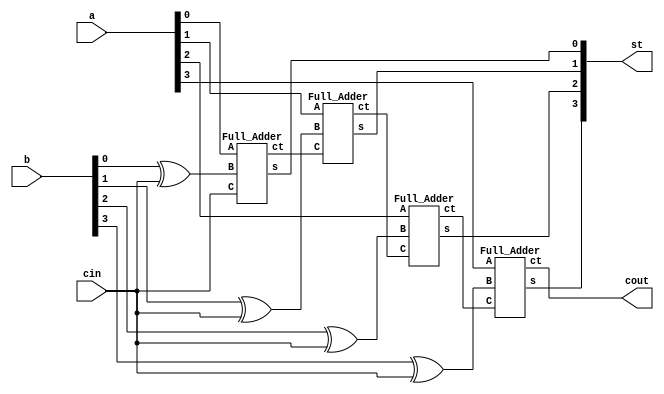

module Four_bit_Adder_subtracter(st,cout,a,b,cin);

output [3:0]st;
wire c0,c1,c2;
output cout;
input [3:0]a,b;
input cin;

Full_Adder fadd0(st[0],c0,a[0],(b[0]^cin),cin);
Full_Adder fadd1(st[1],c1,a[1],(b[1]^cin),c0);
Full_Adder fadd2(st[2],c2,a[2],(b[2]^cin),c1);
Full_Adder fadd3(st[3],cout,a[3],(b[3]^cin),c2);


endmodule


module Full_Adder(s,ct,A,B,C);
output s,ct;
input A,B,C;
wire w1,w2,w3;

xor(w1,A,B);
xor(s,w1,C);

and(w2,A,B);
and(w3,C,w1);
or(ct,w3,w2);

endmodule

module testAdder;
reg[3:0]a,b;
reg cin;

wire[3:0]st;
wire cout;

Four_bit_Adder_subtracter fadd(st,cout,a,b,cin);

initial
begin
#0 a=4'd8; b=4'd3; cin=1;
#100 a=4'd2; b=4'd2; cin=1;
#100 a=4'd5; b=4'd6; cin=1'b1;
#100 a=4'd7; b=4'd4; cin=1'b0;
#100 a=4'd3; b=4'd8; cin=1'b0;
end
endmodule